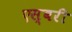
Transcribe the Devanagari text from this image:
एस्बरी